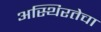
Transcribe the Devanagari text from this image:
अस्थिरतेचा